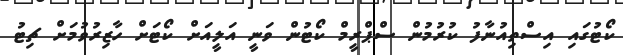
ކޯޓުގައި އިސްތިއުނާފު ކުރުމުން ސްޕްރީމް ކޯޓުން ވަނީ އަލީއަށް ކޯޓަށް ހާޒިރުވުމަށް ޗިޓު